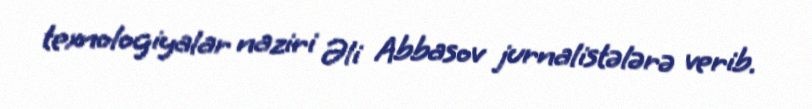
texnologiyalar naziri Əli Abbasov jurnalistələrə verib.